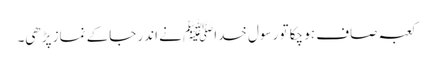
کعبہ صاف ہو چکا تو رسول خداﷺ نے اندر جاکے نماز پڑھی۔